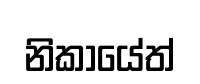
නිකායේත්